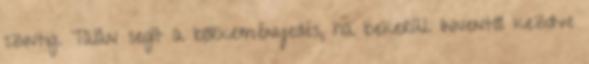
szintig. Talán segít a bőrkeményedés, ha bekerül. Innentől kezdve